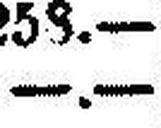
—.—